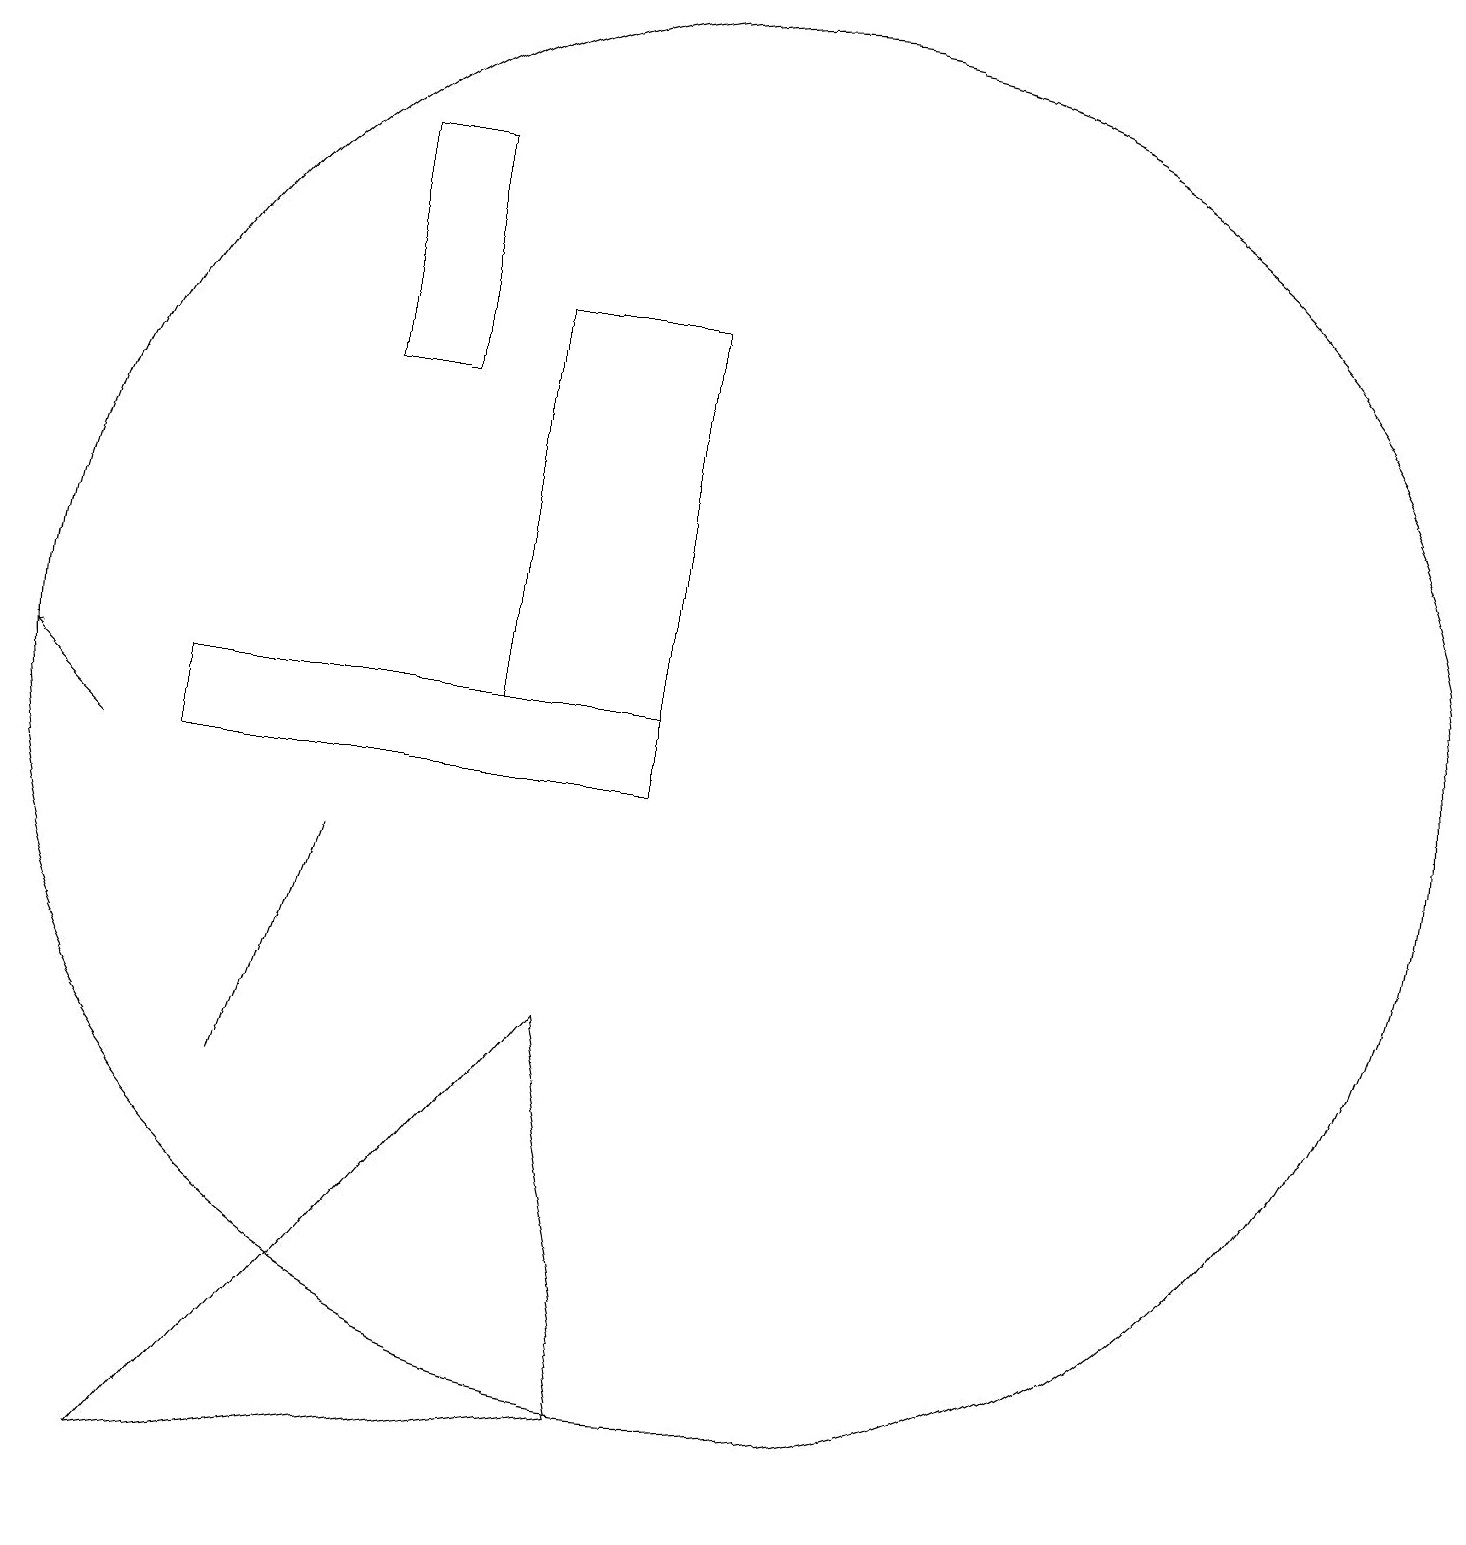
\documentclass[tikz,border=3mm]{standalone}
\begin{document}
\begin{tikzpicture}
\draw (10,11) circle (9);
\draw (9,11) rectangle (7,16);
\draw (5,15) rectangle (6,18);
\draw[->] (2,10) -- (1,11);
\draw (9,11) rectangle (3,10);
\draw (3,1) -- (8,7) -- (9,2) -- cycle;
\draw (4,6) -- (4,6) -- (5,9) -- cycle;
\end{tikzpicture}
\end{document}